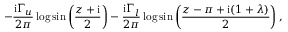
- { \frac { \mathrm { i } \Gamma _ { u } } { 2 \pi } } \log \sin \left( { \frac { z + \mathrm { i } } { 2 } } \right) - { \frac { \mathrm { i } \Gamma _ { l } } { 2 \pi } } \log \sin \left( { \frac { z - \pi + \mathrm { i } ( 1 + \lambda ) } { 2 } } \right) ,